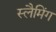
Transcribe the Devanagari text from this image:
स्लैमिंग